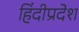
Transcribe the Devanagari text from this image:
हिंदीप्रदेश